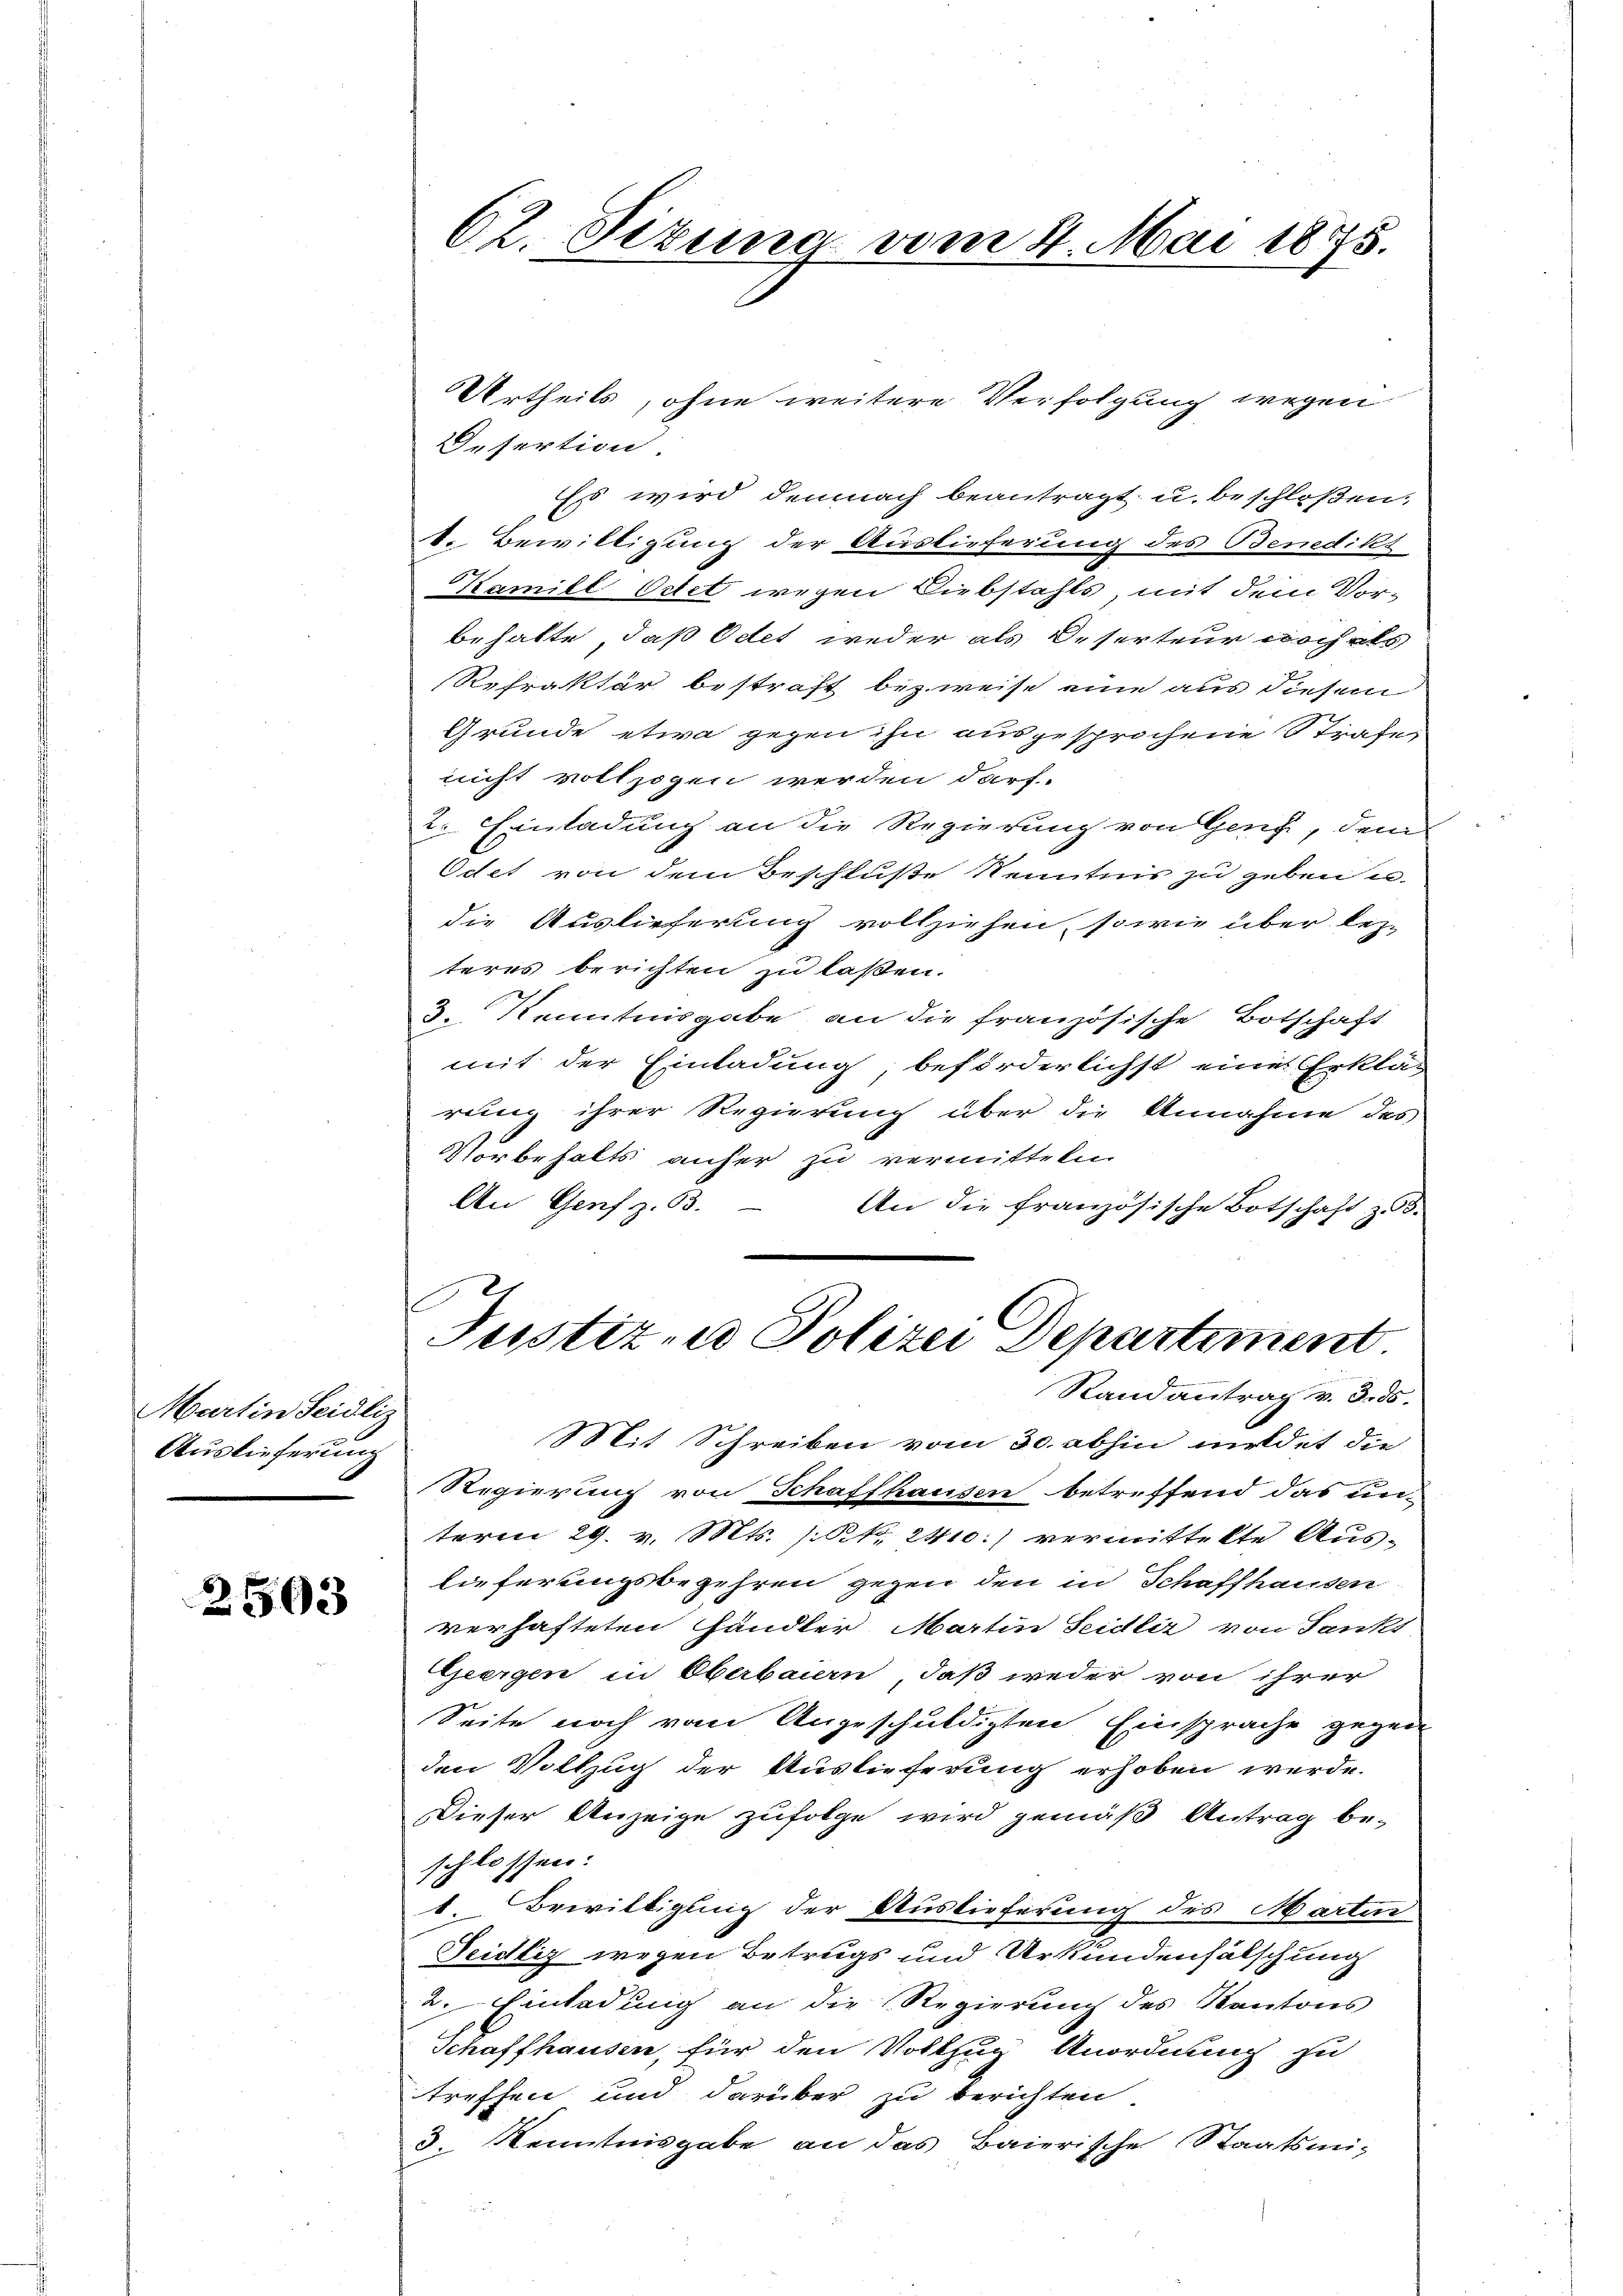
Martin Seidliz
Auslieferung

2503

62. Sizung vom 4. Mai 1875.

Urtheils, ohne weitere Verfolgung wegen
Desertion.
Es wird demnach beantragt u. beschloßen,
1. Bewilligung der Auslieferung des Benedikt
Kamill Oetet wegen Diebstahls mit dem Vor-
behalte, daß Odet weder als Deserteur noch als
Refraktär bestraft bezweise eine aus diesem
Grunde etwa gegen ihn ausgesprochene Strafe
nicht vollzogen werden darf.
2. Einladung an die Regierung von Genf, dem
Odet von dem Beschluße Kenntnis zu geben u
die Auslieferung vollziehen, sowie über lezt
teres berichten zu laßen.
3. Kenntnisgabe an die französische Botschaft
mit der Einladung beförderlichst eine Erklä-
rung ihrer Regierung über die Annahme des
Vorbehalts anher zu vermitteln.
An Genf z. B.
An die französische Botschaft zu.
C
Justiz, Polizei Departement
Randantrag v. 3. ds.
Mit Schreiben vom 30. abhin meldet die
Regierung von Schaffhausen betreffend das un-
term 29. v. Mts. (Rk. 2410.) vermittelte Auslieferungsbegehren gegen den in Schaffhausen
verhafteten Händler Martin Seidli von Sankt
Geergen in Oberbauern, daß weder von ihrer
Seite noch vom Angeschuldigten Einsprache gegen
den Vollzug der Auslieferung erhoben werde.
Dieser Anzeige zufolge wird gemäß Antrag beschlossen:
1 Bewilligung der Auslieferung des Martin
Seidliz wegen Betrugs und Urkundenfälschung
2. Einladung an die Regierung des Kantons
Schaffhausen, für den Vollzug Anordnung zu
treffen und darüber zu berichten.
3. Kenntnisgabe an das Baierische Staatsmi-